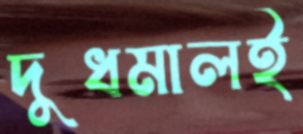
দুধমালই